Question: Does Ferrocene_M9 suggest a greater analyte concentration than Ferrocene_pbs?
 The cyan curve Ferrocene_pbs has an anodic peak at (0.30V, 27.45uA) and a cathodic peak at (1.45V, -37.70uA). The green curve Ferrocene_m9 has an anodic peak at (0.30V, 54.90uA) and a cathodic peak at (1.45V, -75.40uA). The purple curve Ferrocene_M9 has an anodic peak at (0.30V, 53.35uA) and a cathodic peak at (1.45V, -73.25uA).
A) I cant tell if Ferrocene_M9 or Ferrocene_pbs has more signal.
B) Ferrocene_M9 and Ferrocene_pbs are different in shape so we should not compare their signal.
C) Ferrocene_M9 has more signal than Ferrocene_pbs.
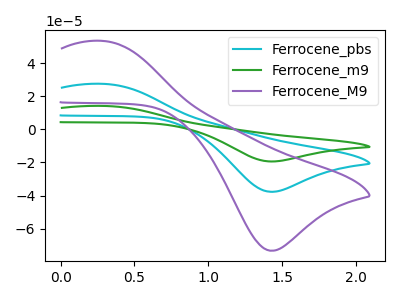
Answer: <think>All the peaks in "Ferrocene_M9" have a peak in "Ferrocene_pbs" at the same potential. Every peak in "Ferrocene_M9" is higher than every peak in "Ferrocene_pbs".
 </think>
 <answer>C) "Ferrocene_M9" has more signal than "Ferrocene_pbs".</answer>
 <eval>C</eval>